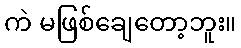
ကဲ မဖြစ်ချေတော့ဘူး။